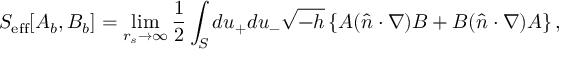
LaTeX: S _ { \mathrm { e f f } } [ A _ { b } , B _ { b } ] = \operatorname * { l i m } _ { r _ { s } \to \infty } { \frac { 1 } { 2 } } \int _ { S } d u _ { + } d u _ { - } \sqrt { - h } \left\{ A ( \hat { n } \cdot \nabla ) B + B ( \hat { n } \cdot \nabla ) A \right\} ,